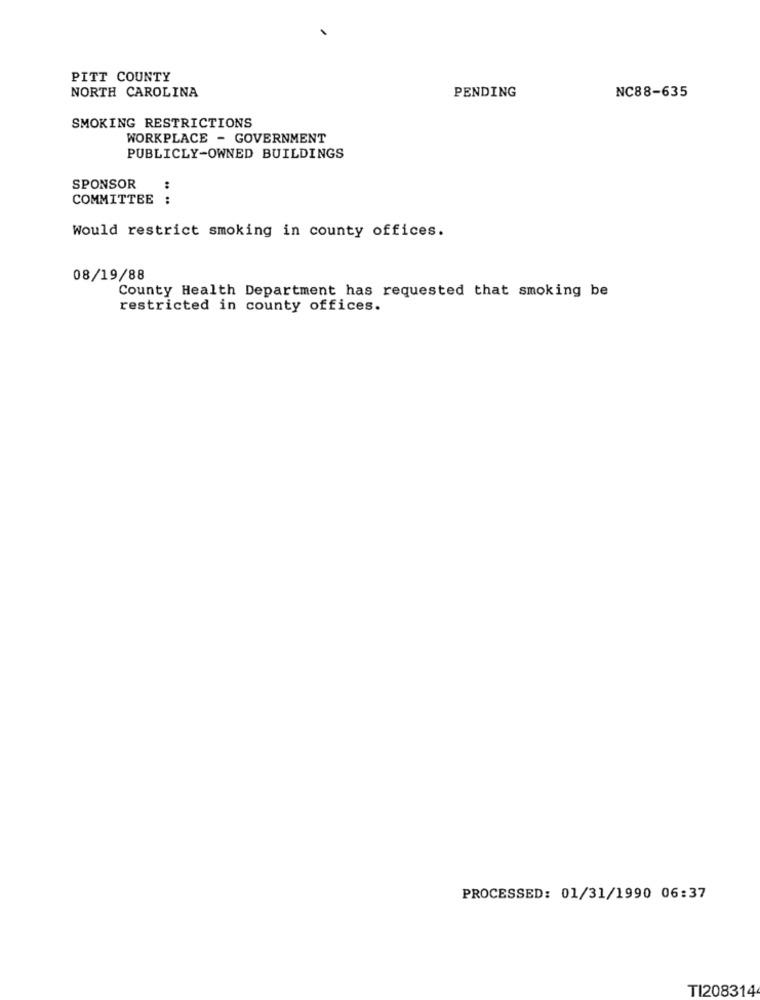
PITT COUNTY
NORTH CAROLINA
NC88-635
PENDING
SMOKING RESTRICTIONS
WORKPLACE - GOVERNMENT
PUBLICLY-OWNED BUILDINGS
SPONSOR
:
COMMITTEE :
Would restrict smoking in county offices.
08/19/88
County Health Department has requested that smoking be
restricted in county offices.
PROCESSED: 01/31/1990 06:37
TI208314